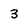
Character: 3